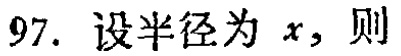
97. 设半径为 \(x\)，则